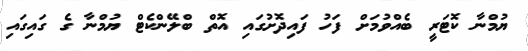
ޔުމްނާ ކޮޓަރީ ބެއްވުމަށް ފަހު ފައިދޮށުގައި އޮތް ބްލޭންކެޓް ޔުމްނާ ގެ ގައިގައި